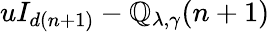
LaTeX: uI_{d(n+1)}-\mathbb{Q}_{\lambda,\gamma}(n+1)